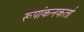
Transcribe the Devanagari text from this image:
रूपांकनकर्ता